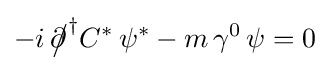
-i\,{\partial \!\!\!{\big /}}^{\dagger }C^{*}\,\psi ^{*}-m\,\gamma ^{0}\,\psi =0